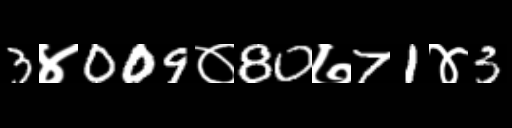
Text: 3४009०80७71४3